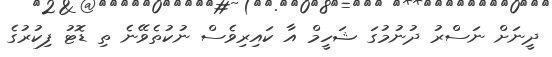
ދީނަށް ނަސްރު ދުނުމުގަ ޝަހީމް އާ ކައިރިވެސް ނުކުތެވޭނެ ތި ޑޮޓު ފިކުރުގެ